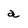
Character: a